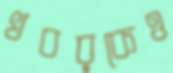
খবরকেও